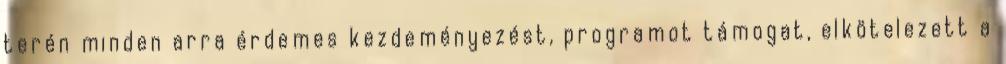
terén minden arra érdemes kezdeményezést, programot támogat, elkötelezett a